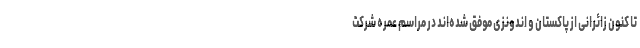
تا کنون زائرانی از پاکستان و اندونزی موفق شده‌اند در مراسم عمره شرکت